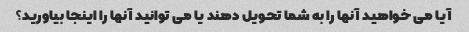
آیا می خواهید آنها را به شما تحویل دهند یا می توانید آنها را اینجا بیاورید؟